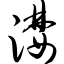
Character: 漤